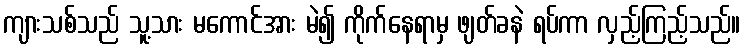
ကျားသစ်သည် သူ့သား မကောင်အား မဲ၍ ကိုက်နေရာမှ ဖျတ်ခနဲ ရပ်ကာ လှည့်ကြည့်သည်။